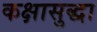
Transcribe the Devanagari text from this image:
कक्षासुद्धा